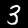
Digit: 3